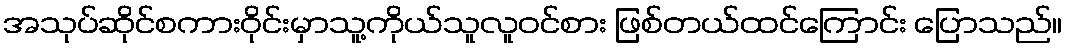
အသုပ်ဆိုင်စကားဝိုင်းမှာသူ့ကိုယ်သူလူဝင်စား ဖြစ်တယ်ထင်ကြောင်း ပြောသည်။